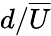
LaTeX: d/\overline{{U}}